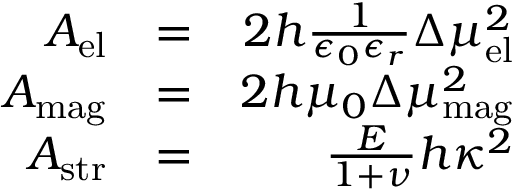
\begin{array} { r l r } { A _ { \mathrm { e l } } } & { = } & { 2 h \frac { 1 } { \epsilon _ { 0 } \epsilon _ { r } } \Delta \mu _ { \mathrm { e l } } ^ { 2 } } \\ { A _ { \mathrm { m a g } } } & { = } & { 2 h \mu _ { 0 } \Delta \mu _ { \mathrm { m a g } } ^ { 2 } } \\ { A _ { \mathrm { s t r } } } & { = } & { \frac { E } { 1 + \nu } h \kappa ^ { 2 } } \end{array}